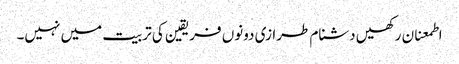
اطمعنان رکھیں دشنام طرازی دونوں فریقین کی تربیت میں نہیں۔